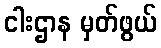
ငါးဌာန မှတ်ဖွယ်